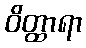
ဝိတ္ထာရာ